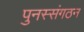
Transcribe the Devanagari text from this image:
पुनस्संगठन